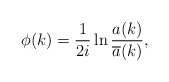
\begin{align*}\phi (k)={\frac 1{2i}}\ln \frac{a(k)}{\overline{a}(k)}, \end{align*}